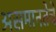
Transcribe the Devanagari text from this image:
असमानतेचे